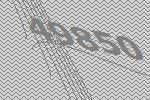
49850